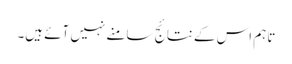
تاہم اس کے نتائج سامنے نہیں آئے ہیں۔